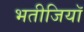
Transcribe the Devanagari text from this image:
भतीजियाॅ